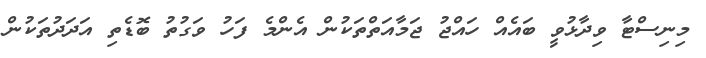
މިނިސްޓާ ވިދާޅުވީ ބައެއް ހައްޖު ޖަމާއަތްތަކުން އެންމެ ފަހު ވަގުތު ބޮޑެތި އަދަދުތަކުން